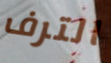
الترف